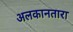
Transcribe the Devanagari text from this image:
अलकानतारा